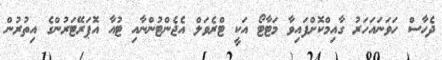
ދެހާސް ހަވަނައަހަރު ގާއިމްކޮށްފައިވާ މަޓާޓޯ އަކީ ޓްރެވަލް އެޖެންޓުންނާއި ޓުއާ އޮޕަރޭޓަރުންގެ އިތުރުން